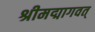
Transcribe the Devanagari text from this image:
श्रीमद्मागवत्